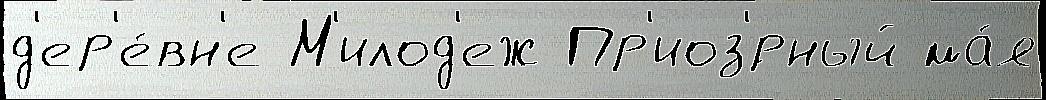
д'ер'е́вн'е М'илод'еж Пр'иоз'́рный ма́я